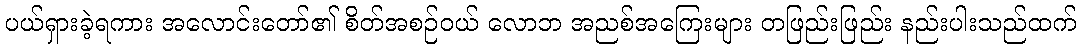
ပယ်ရှားခဲ့ရကား အလောင်းတော်၏ စိတ်အစဉ်ဝယ် လောဘ အညစ်အကြေးများ တဖြည်းဖြည်း နည်းပါးသည်ထက်